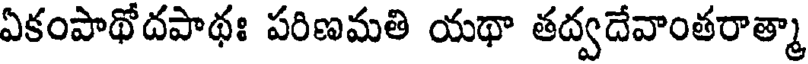
ఏకంపాథోదపాథః పరిణమతి యథా తద్వదేవాంతరాత్మా